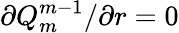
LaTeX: \partial Q_{m}^{m-1}/\partial r=0